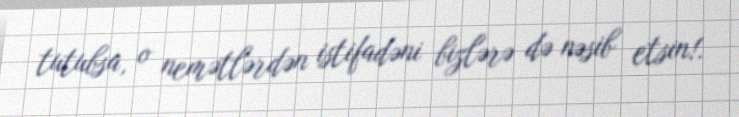
tutubsa, o nemətlərdən istifadəni bizlərə də nəsib etsin!.